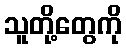
သူတို့တွေကို